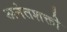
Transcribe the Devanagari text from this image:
अनंतशक्ती